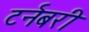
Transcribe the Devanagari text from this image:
टर्नबरी